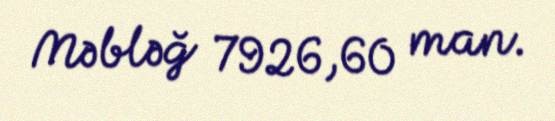
Məbləğ 7926,60 man.